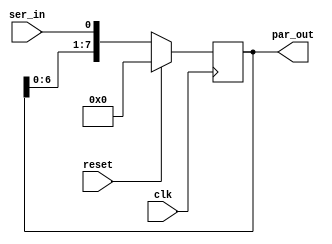
module serial_shift
	#(
	parameter DLY_WIDTH = 8
	)
	(
	input 	clk,
	input	reset,
	input	ser_in,
	output reg [DLY_WIDTH-1:0] par_out
	);

	always@(posedge clk)
		if(reset)	par_out <= 0;
		else		par_out <= {par_out[DLY_WIDTH-2:0],ser_in};
endmodule